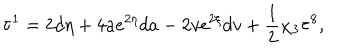
LaTeX: { \bf \tau } ^ { 1 } = 2 d \eta + 4 a e ^ { 2 \eta } d a - 2 v e ^ { 2 \xi } d v + \frac { 1 } { 2 } \chi _ { 3 } { \bf \tau } ^ { 8 } ,